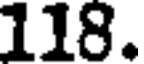
118.